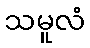
သမူလံ